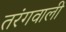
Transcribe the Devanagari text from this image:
तरंगवाली